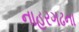
નાહરગઢના